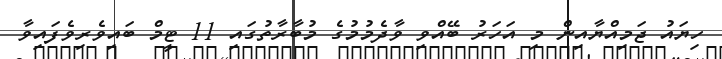
ހިޔައު ޖަމިއްޔާއިން މި އަހަރު ބޭއްވި ވާދެމުމުގެ މުބާރާތުގައި 11 ޓީމް ބައިވެރިވެފައިވާ